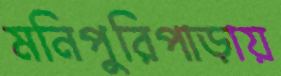
মনিপুরিপাড়ায়